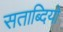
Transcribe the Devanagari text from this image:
सताब्दियो